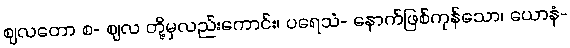
ဈလတော စ- ဈလ တို့မှလည်းကောင်း၊ ပရေသံ- နောက်ဖြစ်ကုန်သော၊ ယောနံ-